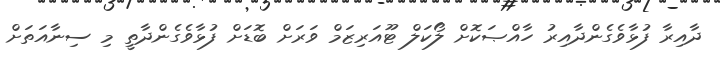
ދާއިރާ ފުޅާވެގެންދާއިރު ހާއްޞަކޮށް ލޯކަލް ޓޫއަރިޒަމް ވަރަށް ބޮޑަށް ފުޅާވެގެންދާތީ މި ސިނާއަތަށް